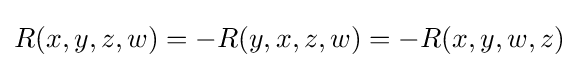
R(x,y,z,w)=-R(y,x,z,w)=-R(x,y,w,z)